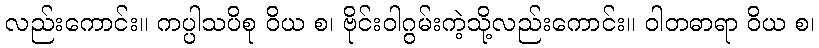
လည်းကောင်း။ ကပ္ပါသပိစု ဝိယ စ၊ ဗိုင်းဝါဂွမ်းကဲ့သို့လည်းကောင်း။ ဝါတဓာရာ ဝိယ စ၊